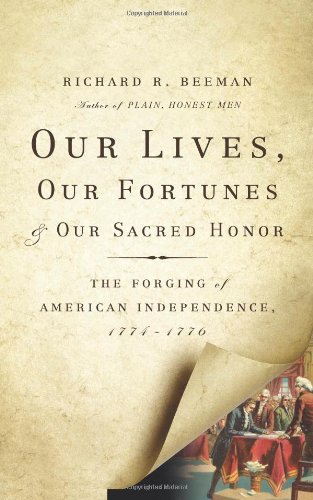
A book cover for Our Lives, Our Fortunes and Our Sacred Honor: The Forging of American Independence, 1774-1776; Richard R. Beeman; History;